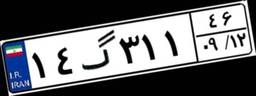
۱۴گ۳۱۱۴۶